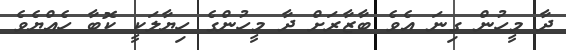
ދާ މީހުން ގިނަ އެވެ ބާޒާރަށް ދާ މީހުންގެ ހިޔާލަކީ ކޮބާ ހެއްޔެވެ